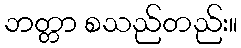
ဘတ္တာ စသည်တည်း။